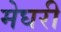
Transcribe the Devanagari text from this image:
मेघरी